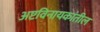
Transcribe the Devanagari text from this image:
अष्टविनायकांतील